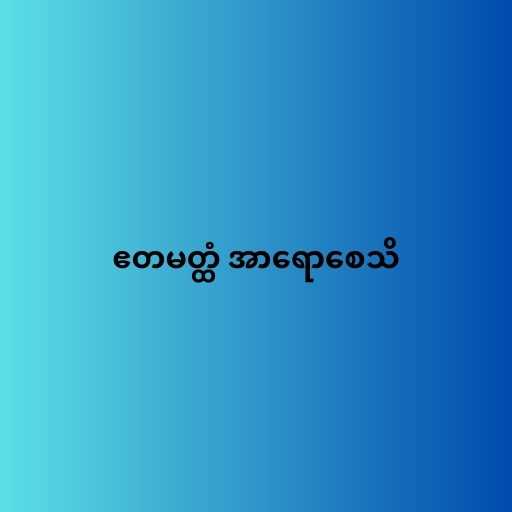
ဧတမတ္ထံ အာရောစေသိ